system: You are a helpful assistant.
user:
Analyze the provided spectrum to determine if it is a **M-type Giant (gM)**.

A M-type Giant spectrum is defined by its **strong molecular absorption** features, particularly from **Titanium Oxide (TiO)**. You must check for one of the following mutually exclusive signatures:

- **Key Visual Indicators (Absorption-Dominated Spectrum):**

    - **(Primary):** The spectrum is dominated by strong molecular absorption from **Titanium Oxide (TiO)**. This is the **defining feature** of its M-type temperature class.
        - **(Key Bandheads):** Look for sharp, "saw-tooth" absorption valleys. The strongest are located near **~7050 Å**, **~6160 Å**, and **~5170 Å**.
        - **(Line Profile):** The "saw-tooth" morphology is critical: a **sharp, steep drop on the BLUE (short-wavelength) side** of the bandhead, followed by a gradual recovery (rising flux) towards the RED (long-wavelength) side.

    - **(Key Confirmation - Giant vs. Dwarf):** **ABSENCE** of strong **Calcium Hydride (CaH)** molecular bands. This is the primary diagnostic for *excluding* M-dwarfs.
        - **(Key Region):** The spectrum should lack the strong, broad absorption band seen in dwarfs between **~6800 Å and ~7000 Å**.

    - **(Secondary Confirmation - Giant):** A very strong and broad **Neutral Calcium (Ca I)** atomic absorption line.
        - **(Key Line):** Located at **~4226 Å**. In a giant (gM), this line is significantly deeper and broader than the same line in an M-dwarf (dM) due to low surface gravity.

    - **(Overall Spectrum):**
        - The continuum is **extremely red-sloping** (i.e., flux is very low in the blue and rises dramatically towards the red).
        - The entire spectrum appears "chopped up" by the deep TiO bands.

Think first, call **spectral_visualization_tool** if needed to examine features in detail, then provide your final answer. Your response must adhere to the following strict rules:
1.  **Overall Structure:** Your response must follow the format `<think>...</think> <tool_call>...</tool_call> (if a tool is used) <answer>...</answer>`.
2.  **Tool Usage Constraint:** You may only make **one** tool call per turn.
3.  **Final Answer Format:** In the `<answer>` tag, your conclusion must be inside a `\boxed{}` command (e.g., `\boxed{YES}` or `\boxed{NO}`), followed by your justification.

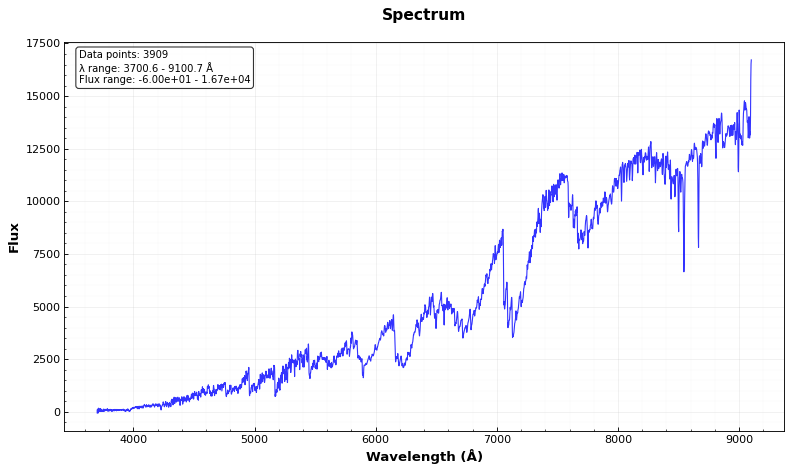
Answer: YES